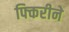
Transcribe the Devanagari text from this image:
फ्किरीने